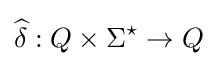
{\widehat {\delta }}:Q\times \Sigma ^{\star }\rightarrow Q